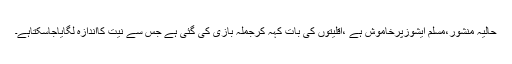
حالیہ منشور،مسلم ایشوزپرخاموش ہے ،اقلیتوں کی بات کہہ کرجملہ بازی کی گئی ہے جس سے نیت کااندازہ لگایاجاسکتاہے۔